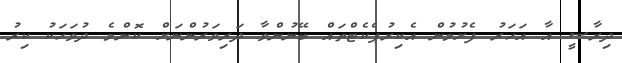
ދިރާސީ އާ އަހަރު ފެށުމުން އެކިރުޕެކެޓްތައް ބޭނުންވާ ދަރިވަރުންނަށް ކޮންމެ ދުވަހަކު ކިރު